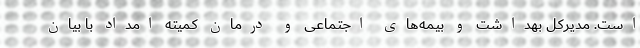
است. مدیرکل بهداشت و بیمه‌های اجتماعی و درمان کمیته امداد با بیان